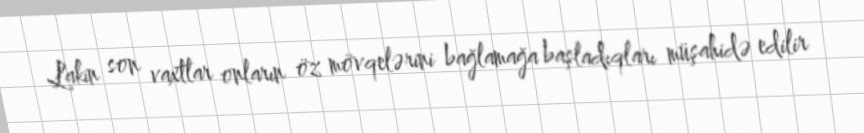
Lakin son vaxtlar onların öz mövqelərini bağlamağa başladıqları müşahidə edilir